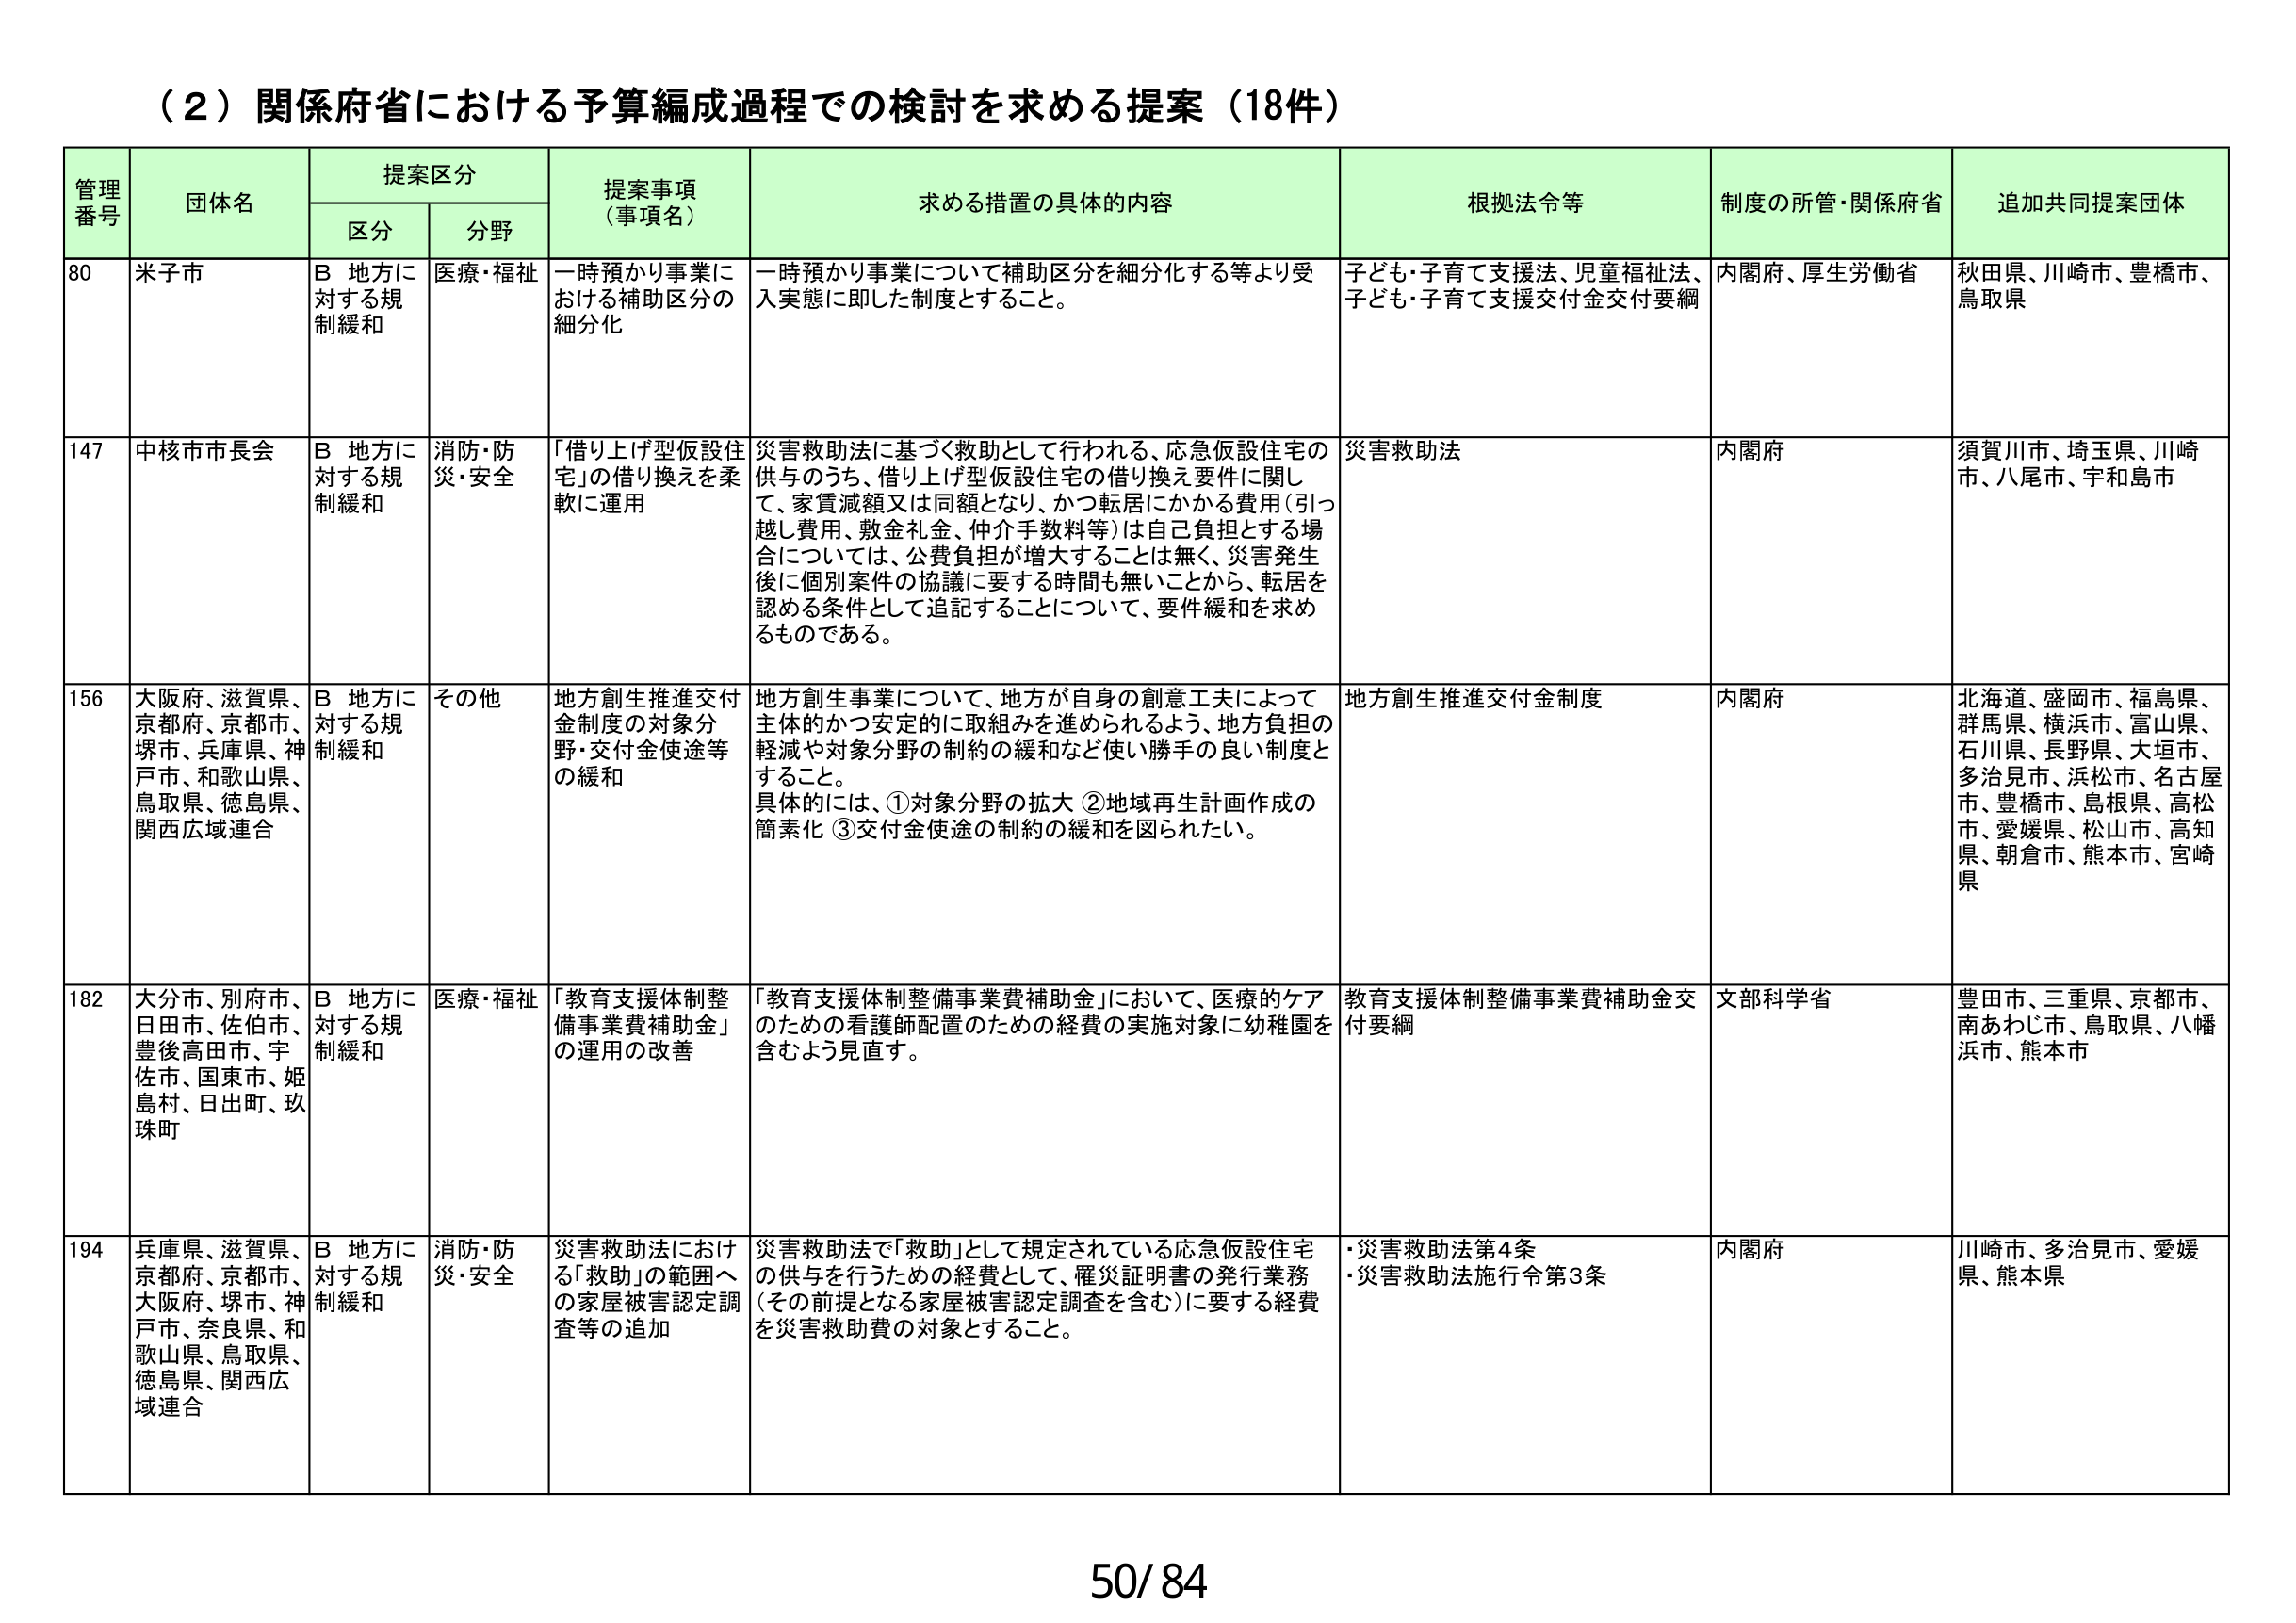
（２）関係府省における予算編成過程での検討を求める提案（18件）

管理番号　団体名　提案区分　提案事項（事項名）　求める措置の具体的内容　根拠法令等　制度の所管・関係府省　追加共同提案団体
　　　　　　区分　分野

80　米子市　B 地方に対する規制緩和　医療・福祉　一時預かり事業における補助区分の細分化　一時預かり事業について補助区分を細分化する等より受入実態に即した制度とすること。　子ども・子育て支援法、児童福祉法、子ども・子育て支援交付金交付要綱　内閣府、厚生労働省　秋田県、川崎市、豊橋市、鳥取県

147　中核市市長会　B 地方に対する規制緩和　消防・防災・安全　「借り上げ型仮設住宅」の借り換えを柔軟に運用　災害救助法に基づく救助として行われる、応急仮設住宅の供与のうち、借り上げ型仮設住宅の借り換え要件に関して、家賃減額又は同額となり、かつ転居にかかる費用（引っ越し費用、敷金礼金、仲介手数料等）は自己負担とする場合については、公費負担が増大することは無く、災害発生後に個別案件の協議に要する時間も無いことから、転居を認める条件として追記することについて、要件緩和を求めるものである。　災害救助法　内閣府　須賀川市、埼玉県、川崎市、八尾市、宇和島市

156　大阪府、滋賀県、京都府、京都市、堺市、兵庫県、神戸市、和歌山県、鳥取県、徳島県、関西広域連合　B 地方に対する規制緩和　その他　地方創生推進交付金制度の対象分野・交付金使途等の緩和　地方創生事業について、地方が自身の創意工夫によって主体的かつ安定的に取組みを進められるよう、地方負担の軽減や対象分野の制約の緩和など使い勝手の良い制度とすること。具体的には、①対象分野の拡大 ②地域再生計画作成の簡素化 ③交付金使途の制約の緩和を図られたい。　地方創生推進交付金制度　内閣府　北海道、盛岡市、福島県、群馬県、横浜市、富山県、石川県、長野県、大垣市、多治見市、浜松市、名古屋市、豊橋市、島根県、高松市、愛媛県、松山市、高知県、朝倉市、熊本市、宮崎県

182　大分市、別府市、日田市、佐伯市、豊後高田市、宇佐市、国東市、姫島村、日出町、玖珠町　B 地方に対する規制緩和　医療・福祉　「教育支援体制整備事業費補助金」の運用の改善　「教育支援体制整備事業費補助金」において、医療的ケアのための看護師配置のための経費の実施対象に幼稚園を含むよう見直す。　教育支援体制整備事業費補助金交付要綱　文部科学省　豊田市、三重県、京都市、南あわじ市、鳥取県、八幡浜市、熊本市

194　兵庫県、滋賀県、京都府、京都市、大阪府、堺市、神戸市、奈良県、和歌山県、鳥取県、徳島県、関西広域連合　B 地方に対する規制緩和　消防・防災・安全　災害救助法における「救助」の範囲への家屋被害認定調査等の追加　災害救助法で「救助」として規定されている応急仮設住宅の供与を行うための経費として、罹災証明書の発行業務（その前提となる家屋被害認定調査を含む）に要する経費を災害救助費の対象とすること。　・災害救助法第4条　・災害救助法施行令第3条　内閣府　川崎市、多治見市、愛媛県、熊本県

50/84